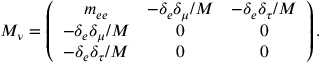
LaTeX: M _ { \nu } = \left( \begin{array} { c c c } { { m _ { e e } } } & { { - \delta _ { e } \delta _ { \mu } / M } } & { { - \delta _ { e } \delta _ { \tau } / M } } \\ { { - \delta _ { e } \delta _ { \mu } / M } } & { { 0 } } & { { 0 } } \\ { { - \delta _ { e } \delta _ { \tau } / M } } & { { 0 } } & { { 0 } } \end{array} \right) .